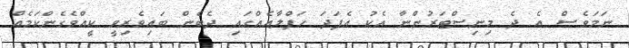
ނަމަވެސް އެ ދެ މިނިސްޓަރުންނާ އެކު އެފަދަ ހަފްލާއެއްގައި ދެބެން ބައިވެރިވީ ކީއްވެގެންކަމެއް